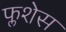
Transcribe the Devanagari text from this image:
फ्लशेस